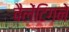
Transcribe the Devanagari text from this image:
वैलेंटिगने